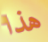
هذا